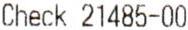
CHECK 21485-00